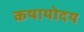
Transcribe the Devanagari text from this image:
कषायोदय